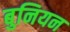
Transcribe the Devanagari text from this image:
बुनियन